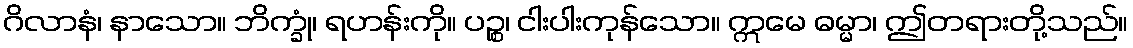
ဂိလာနံ၊ နာသော။ ဘိက္ခုံ၊ ရဟန်းကို။ ပဉ္စ၊ ငါးပါးကုန်သော။ ဣမေ ဓမ္မာ၊ ဤတရားတို့သည်။